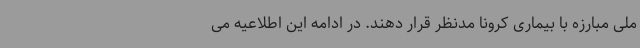
ملی مبارزه با بیماری کرونا مدنظر قرار دهند. در ادامه این اطلاعیه می